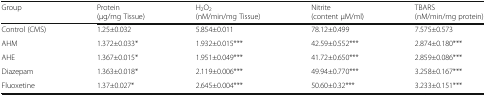
<table><thead><tr><td><b>Group</b></td><td><b>Protein(μg/mg Tissue)</b></td><td><b>H<sub>2</sub>O<sub>2</sub>(nM/min/mg Tissue)</b></td><td><b>Nitrite(content μM/ml)</b></td><td><b>TBARS(nM/min/mg protein)</b></td></tr></thead><tbody><tr><td>Control (CMS)</td><td>1.25±0.032</td><td>5.854±0.011</td><td>78.12±0.499</td><td>7.575±0.573</td></tr><tr><td>AHM</td><td>1.372±0.033*</td><td>1.932±0.015***</td><td>42.59±0.552***</td><td>2.874±0.180***</td></tr><tr><td>AHE</td><td>1.367±0.015*</td><td>1.951±0.049***</td><td>41.72±0.650***</td><td>2.859±0.086***</td></tr><tr><td>Diazepam</td><td>1.363±0.018*</td><td>2.119±0.006***</td><td>49.94±0.770***</td><td>3.258±0.167***</td></tr><tr><td>Fluoxetine</td><td>1.37±0.027*</td><td>2.645±0.004***</td><td>50.60±0.32***</td><td>3.233±0.151***</td></tr></tbody></table>